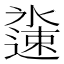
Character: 𬩏